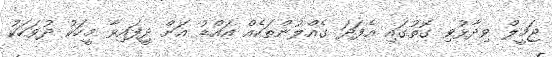
ޖަމީލް ވިދާޅުވި ގޮތުގައި އެފަދަ ގެއްލުންތަކެއް އައްޑު އަށް ދިީފައިވާ މީހަކު ދުވަހަކު